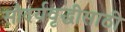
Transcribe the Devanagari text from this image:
सौदर्यवृद्धीसाठी